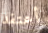
أعتقد